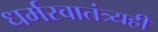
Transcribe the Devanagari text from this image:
धर्मस्वातंत्र्यही